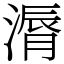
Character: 漘